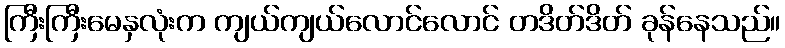
ကြီးကြီးမေနှလုံးက ကျယ်ကျယ်လောင်လောင် တဒိတ်ဒိတ် ခုန်နေသည်။